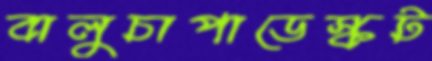
বালুচাপাডেস্কট